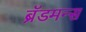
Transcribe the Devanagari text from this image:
ब्रॅडमन्स